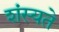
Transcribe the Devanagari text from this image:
शंस्यते